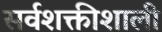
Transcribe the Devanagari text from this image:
सर्वशक्तीशाली